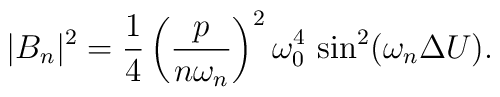
|B_n|^2 = {1 \over 4} \left({p \over n \omega_n}\right)^2 \omega_0^4 \,\sin^2(\omega_n \Delta U).